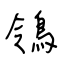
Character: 鴒